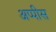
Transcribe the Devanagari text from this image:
अप्पीस